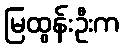
မြထွန်းဦးက